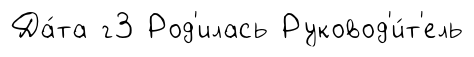
Да́та г3 Род'илась Руковод'и́т'ель